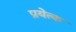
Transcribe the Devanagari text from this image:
प्रयेत्क